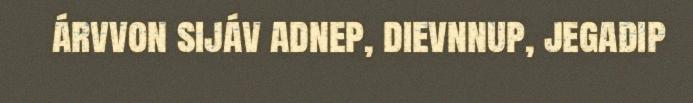
árvvon sijáv adnep, dievnnup, jegadip